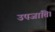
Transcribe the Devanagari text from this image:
उपजाति।